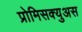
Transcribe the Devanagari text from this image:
प्रोमिसक्युअस